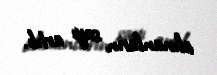
alınanların sayı artıb.